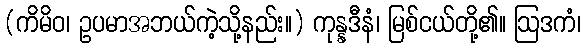
(ကိမိဝ၊ ဥပမာအဘယ်ကဲ့သို့နည်း။) ကုန္နဒီနံ၊ မြစ်ငယ်တို့၏။ ဩဒကံ၊